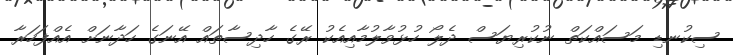
ސިކުނޑި މަސައްކަތް ނުކުރިޔަސް ދެލޯ ހުޅުވާލުމާއިއެކު ރޭގެ ހާދިސާތައް އޭނަގެ ހަދާނަށް އެއްފަހަރާ